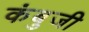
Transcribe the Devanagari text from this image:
कंबुजी